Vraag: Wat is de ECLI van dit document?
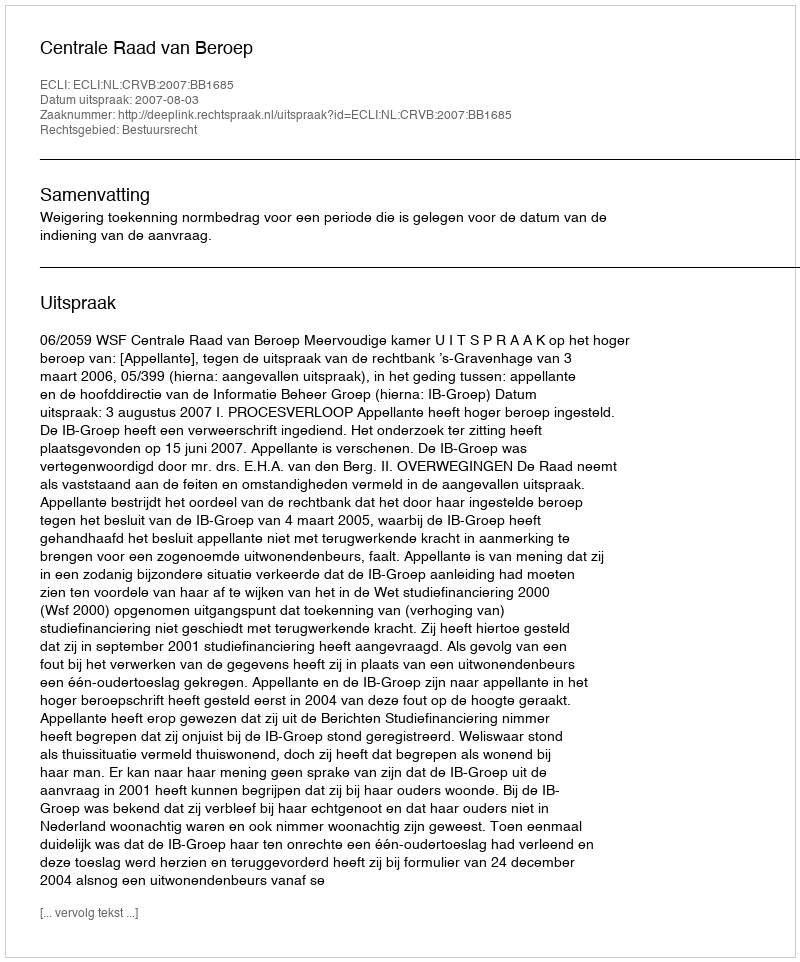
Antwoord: ECLI:NL:CRVB:2007:BB1685